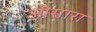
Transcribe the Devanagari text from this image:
ओसारा